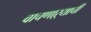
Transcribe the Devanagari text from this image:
वाचणाऱ्याची